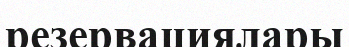
резервациялары